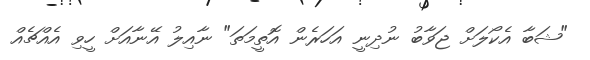
"ޝަބާ އެކޯލަށް ޖަވާބު ނުދިނީ އަހަރެން އޮތީމަތަ" ނާއިލު އޭނާއަށް ހީވި އެއްޗެއް